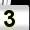
Digit: 3